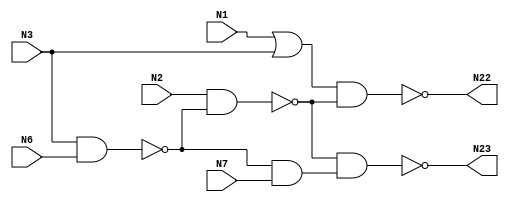
module c17 (N1,N2,N3,N6,N7,N22,N23);

input N1,N2,N3,N6,N7;

output N22,N23;

wire N10,N11,N16,N19;

or OR2_1 (N10, N1, N3);
nand NAND2_2 (N11, N3, N6);
nand NAND2_3 (N16, N2, N11);
and AND2_4 (N19, N11, N7);
nand NAND2_5 (N22, N10, N16);
nand NAND2_6 (N23, N16, N19);

endmodule